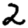
Digit: 2